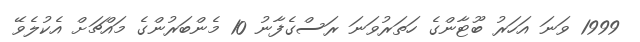
1999 ވަނަ އަހަރު ބޫޓާންގެ ހަތަރުވަނަ ރަސްގެފާނު 10 މެންބަރުންގެ މައްޗަށް އެކުލެވޭ